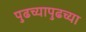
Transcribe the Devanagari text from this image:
पुढच्यापुढच्या